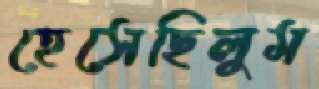
হেসেছিলুম